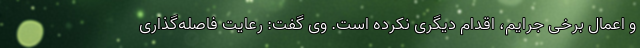
و اعمال برخی جرایم، اقدام دیگری نکرده است. وی گفت: رعایت فاصله‌گذاری